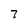
Character: 7